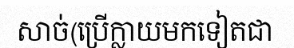
សាច់(ប្រើក្លាយមកទៀតជា